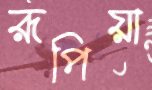
রূপিয়া